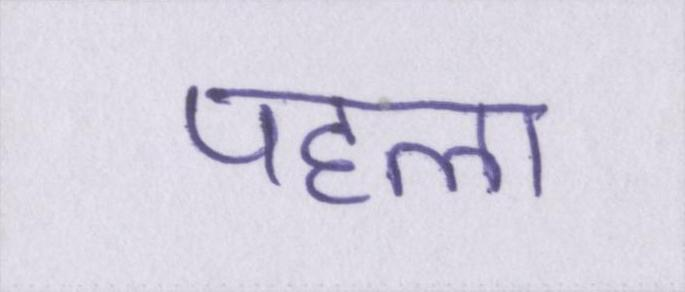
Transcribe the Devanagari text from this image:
पहला